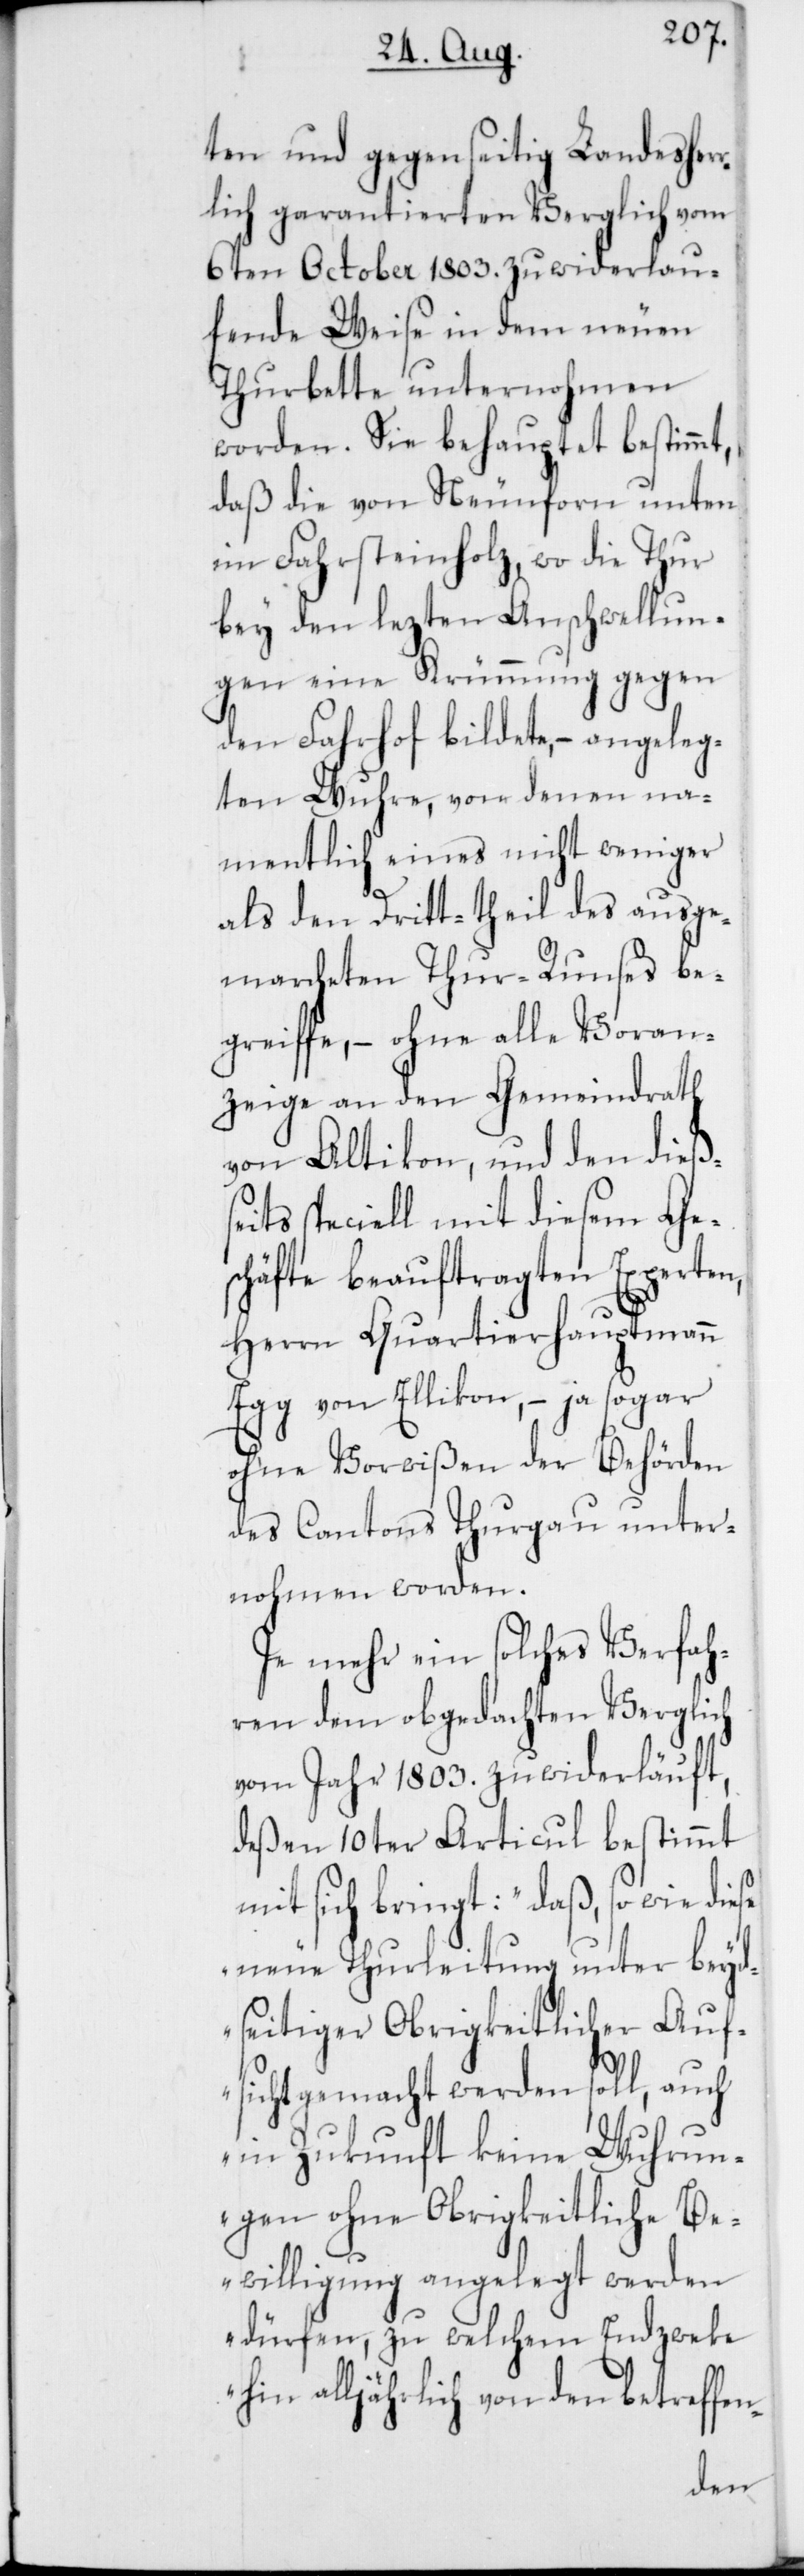
ten und gegenseitig Landesher¬
rlich garantierten Verglich vom
6ten October 1803. zu widerlau¬
fende Weise in dem neuen
Thurbette unternohmen
worden. Sie behauptet bestimmt,
daß die von Neunforn unten
im Fahrsteinholz, wo die Thur
bey den lezten Anschwellun¬
gen eine Krümmung gegen
den Fahrhof bildete, – angeleg¬
ten Wuhre, von denen na¬
mentlich eines nicht weniger
als den Dritt-theil des ausge¬
marcheten Thur-Runses be¬
greife, – ohne alle Voran¬
zeige an den Gemeindrath
von Altikon, und den dießs¬
eits speciell mit diesem Ge¬
schäfte beauftragten Experten,
Herrn Quartierhauptmann
Egg von Ellikon, – ja sogar
ohne Vorwißen der Behörden
des Cantons Thurgau unter¬
nohmen worden.
Je mehr ein solches Verfah¬
ren dem obgedachten Verglich
vom Jahr 1803. zuwiderläuft,
deßen 10ter Articul bestimmt
mit sich bringt: „daß so wie diese
neue Thurleitung unter beyd¬
seitiger Obrigkeitlicher Auf¬
sicht gemacht werden soll, auch
in Zukunft keine Wuhrun¬
gen ohne Obrigkeitliche Be¬
willigung angelegt werden
dürfen, zu welchem Endzweke
hin alljährlich von den betreffen-